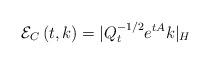
LaTeX: \begin{align*}\mathcal{E}_{C}\left( t, k \right) = |{ Q}_t^{-1/2} e^{tA} k|_H\end{align*}